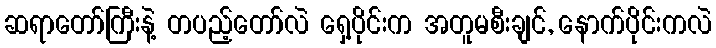
ဆရာတော်ကြီးနဲ့ တပည့်တော်လဲ ရှေ့ပိုင်းက အတူမစီးချင်, နောက်ပိုင်းကလဲ